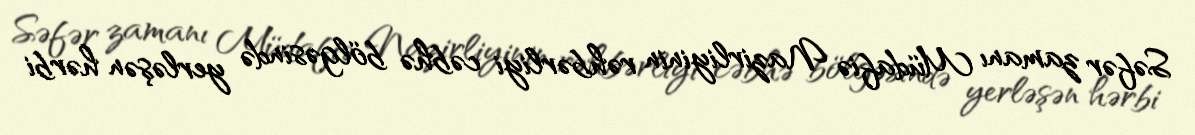
Səfər zamanı Müdafiə Nazirliyinin rəhbərliyi cəbhə bölgəsində yerləşən hərbi